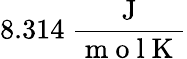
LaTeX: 8.314\ \frac{\mathrm{~J~}}{\mathrm{~m~o~l~K~}}